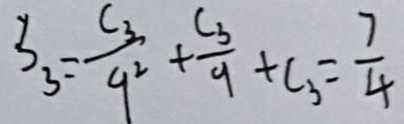
S _ { 3 } = \frac { C _ { 3 } } { 9 ^ { 2 } } + \frac { C _ { 3 } } { 9 } + C _ { 3 } = \frac { 7 } { 4 }